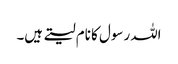
اللہ رسول کا نام لیتے ہیں۔